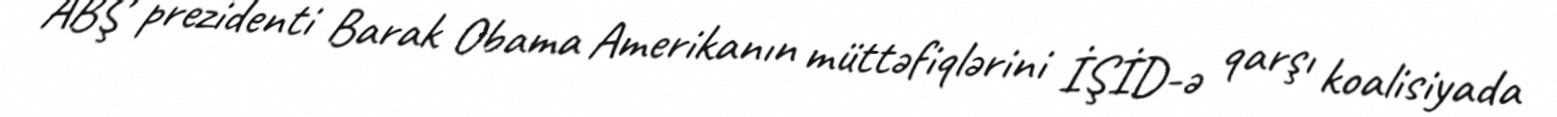
ABŞ prezidenti Barak Obama Amerikanın müttəfiqlərini İŞİD-ə qarşı koalisiyada